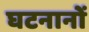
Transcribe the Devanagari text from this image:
घटनानों